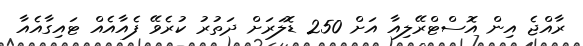
ރާއްޖެ އިން އޮސްޓްރޭލިއާ އަށް 250 ޑޮލަރަށް ދަތުރު ކުރެވޭ ފެއާއެއް ޓައިގާއެއާ